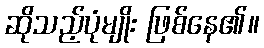
ဆိုသည့်ပုံမျိုး ဖြစ်နေ၏။